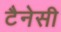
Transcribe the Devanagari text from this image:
टैनेसी